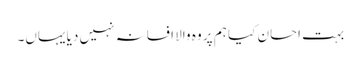
بہت احسان کیا ہم پر وہ والا افسانہ نہیں دیا یہاں۔